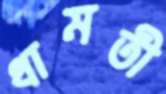
ধামতী